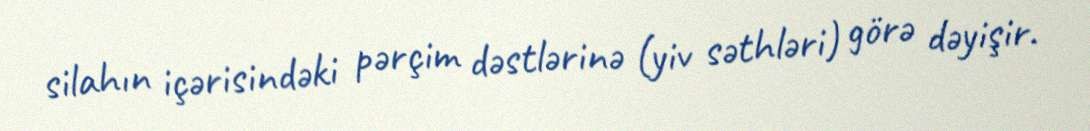
silahın içərisindəki pərçim dəstlərinə (yiv səthləri) görə dəyişir.